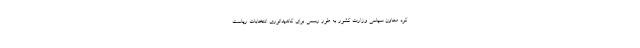
کرد معاون سیاسی وزارت کشور به طور رسمی برای کاندیداتوری انتخابات ریاست